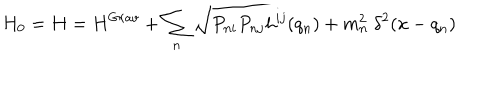
LaTeX: H _ { 0 } = H = H ^ { G r a v } + \sum _ { n } \sqrt { P _ { n i } P _ { n j } h ^ { i j } ( q _ { n } ) + m _ { n } ^ { 2 } } ~ \delta ^ { 2 } ( x - q _ { n } )